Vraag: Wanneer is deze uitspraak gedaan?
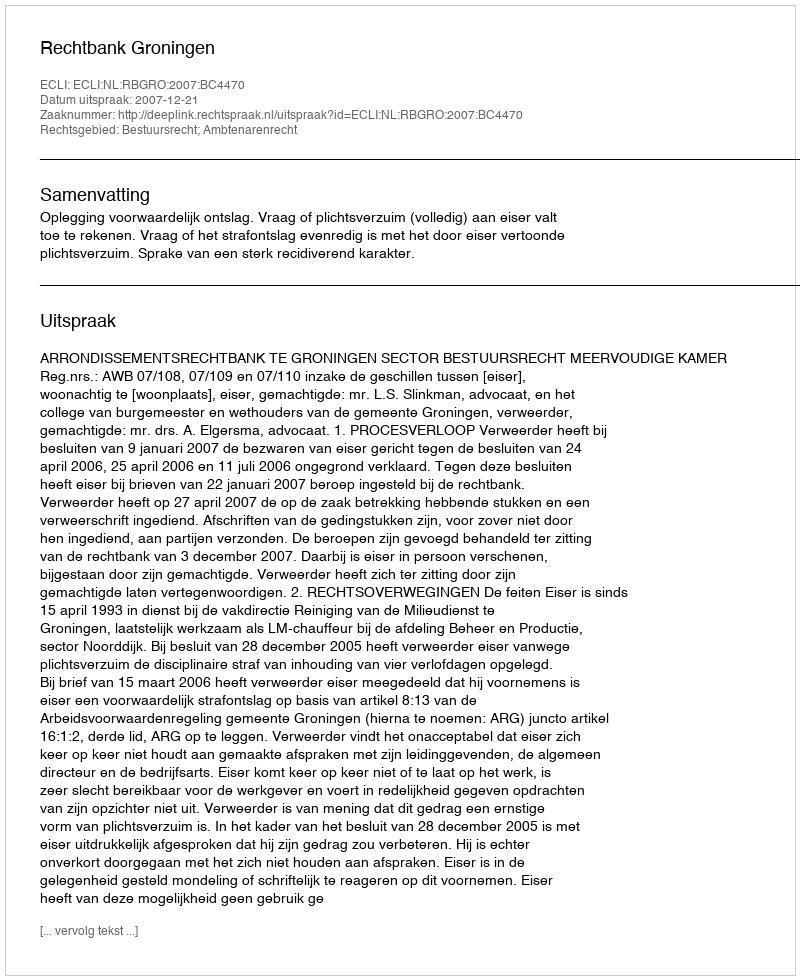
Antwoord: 2007-12-21